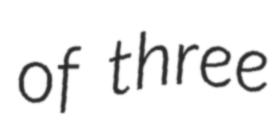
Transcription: of three